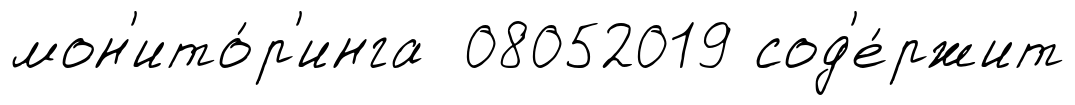
мон'ито́р'инга 08052019 сод'е́ржит